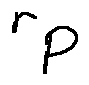
r _ { P }